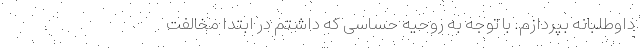
داوطلبانه بپردازم. با توجه به روحیه حساسی که داشتم در ابتدا مخالفت